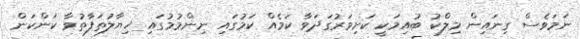
ނަމަވެސް ގިނައިން މިލްކު ބުއިމަކީ ކަށިވަރުގަދަވާ ކަމެއް ކަމުގައި ނިންމުމުގައި ޚިޔާލުތަފާތުވާ ކަންކަން